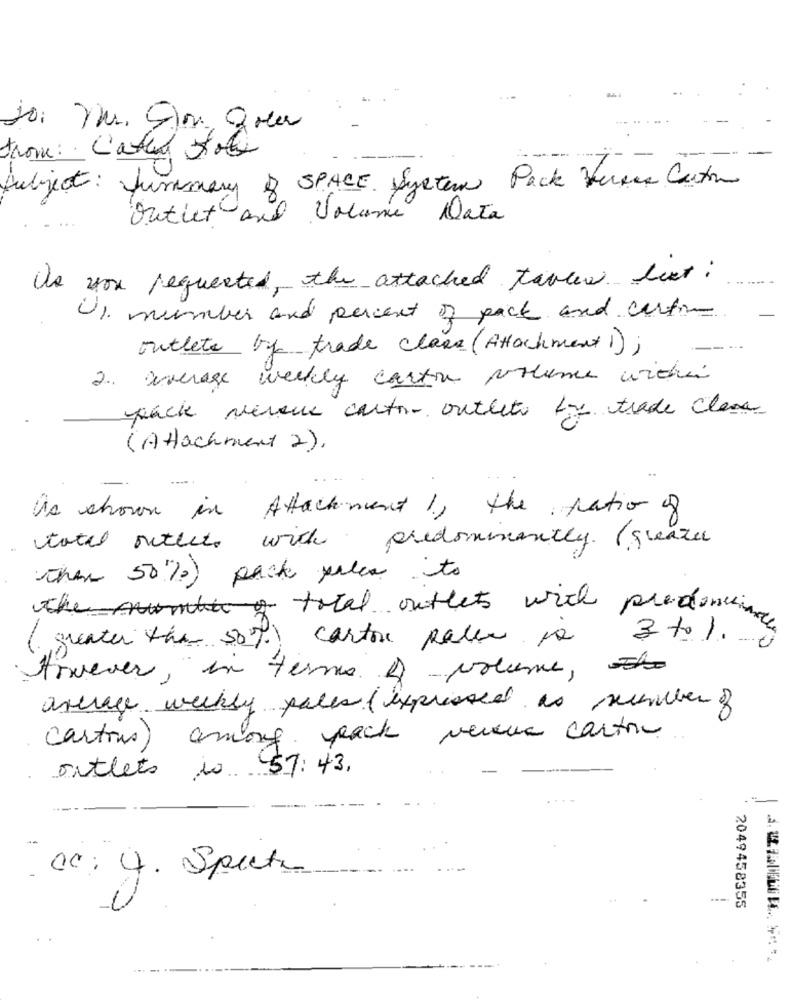
From : Cated foly
Subject : Jurmary R SPACE. System Pack Versus Carton
Outlet and Volume Data
as you requested, the attached tabler text:
U1 number and percent of pack and carton
outlets by trade class (Attachment 1);
2. average weekly carton volume withen
pack versus carto- outleto by trade clase
(Attachment 2),
as shown in Attachment 1, the ratio of
total outlet with predominantly. (greater
then 50%) pack palen to
the number of total outlets with predomin
( greater the 50%) carton paler po 3 to 1 0
However, in terms of volume,
average weekly pales ( expressed as suchbber of
50
cartons) andong peach venue cartone
outlets is 57:43.
00: 4. Specte
2049458355